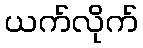
ယက်လိုက်